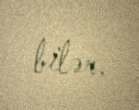
bilər.